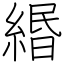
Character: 緡